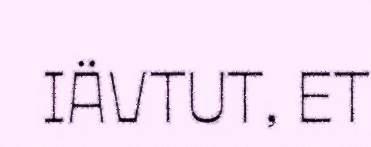
IÄVTUT, ET